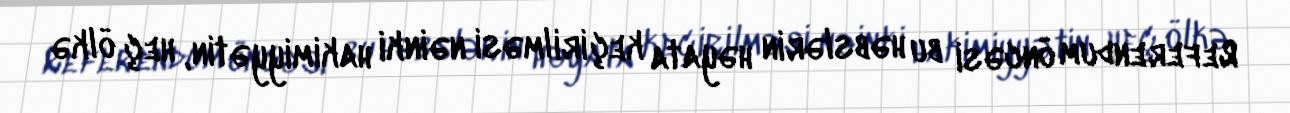
Referendum öncəsi bu həbslərin həyata keçirilməsi nəinki hakimiyyətin, heç ölkə